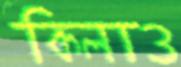
কিলাও